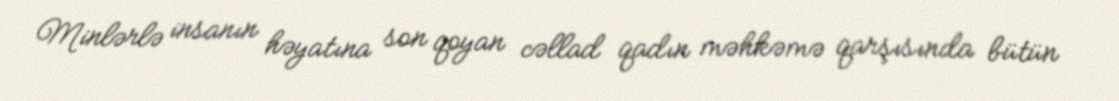
Minlərlə insanın həyatına son qoyan cəllad qadın məhkəmə qarşısında bütün